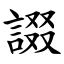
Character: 諁